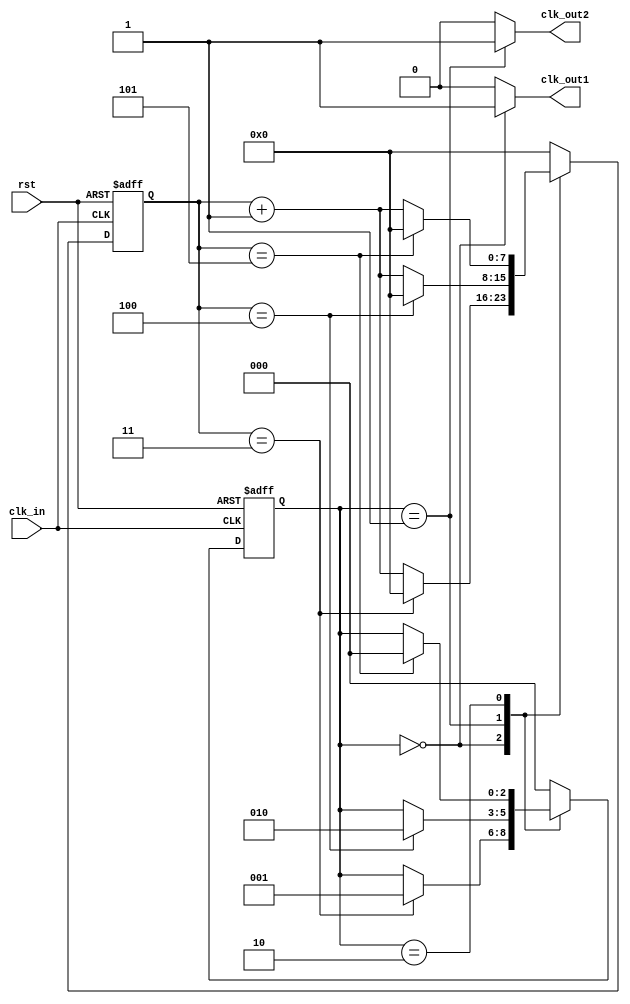
module dual_modulus_clock_divider (
    input wire clk_in,
    input wire rst,
    output reg clk_out1,
    output reg clk_out2
);

reg [7:0] counter;
reg [2:0] state;

always @(posedge clk_in or posedge rst) begin
    if (rst) begin
        counter <= 8'b0;
        state <= 3'b0;
    end else begin
        case (state)
            3'b000: begin
                counter <= counter + 1;
                if (counter == 8'd3) begin
                    counter <= 8'b0;
                    state <= 3'b001;
                end
            end
            3'b001: begin
                counter <= counter + 1;
                if (counter == 8'd4) begin
                    counter <= 8'b0;
                    state <= 3'b010;
                end
            end
            3'b010: begin
                counter <= counter + 1;
                if (counter == 8'd5) begin
                    counter <= 8'b0;
                    state <= 3'b000;
                end
            end
            default: begin
                counter <= 8'b0;
                state <= 3'b000;
            end
        endcase
    end
end

assign clk_out1 = (state == 3'b000) ? 1'b1 : 1'b0;
assign clk_out2 = (state == 3'b001) ? 1'b1 : 1'b0;

endmodule